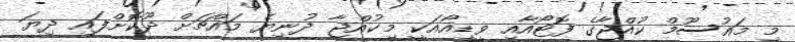
މި މައުސޫމް ކުއްޖާގެ ފޮޓޯއާއި ވީޑިއޯއަކީ މިކުއްޖާ ދުނިޔެ މައްޗަށް ދޫކޮށްފައި ދިޔަ